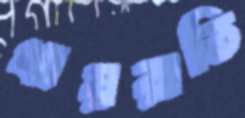
খায়রাতি